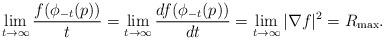
LaTeX: \begin{align*} \lim_{t\rightarrow\infty}\frac{f(\phi_{-t}(p))}{t}=\lim_{t\rightarrow\infty}\frac{d f(\phi_{-t}(p))}{dt}=\lim_{t\rightarrow\infty}|\nabla f|^{2}=R_{\max}.\end{align*}